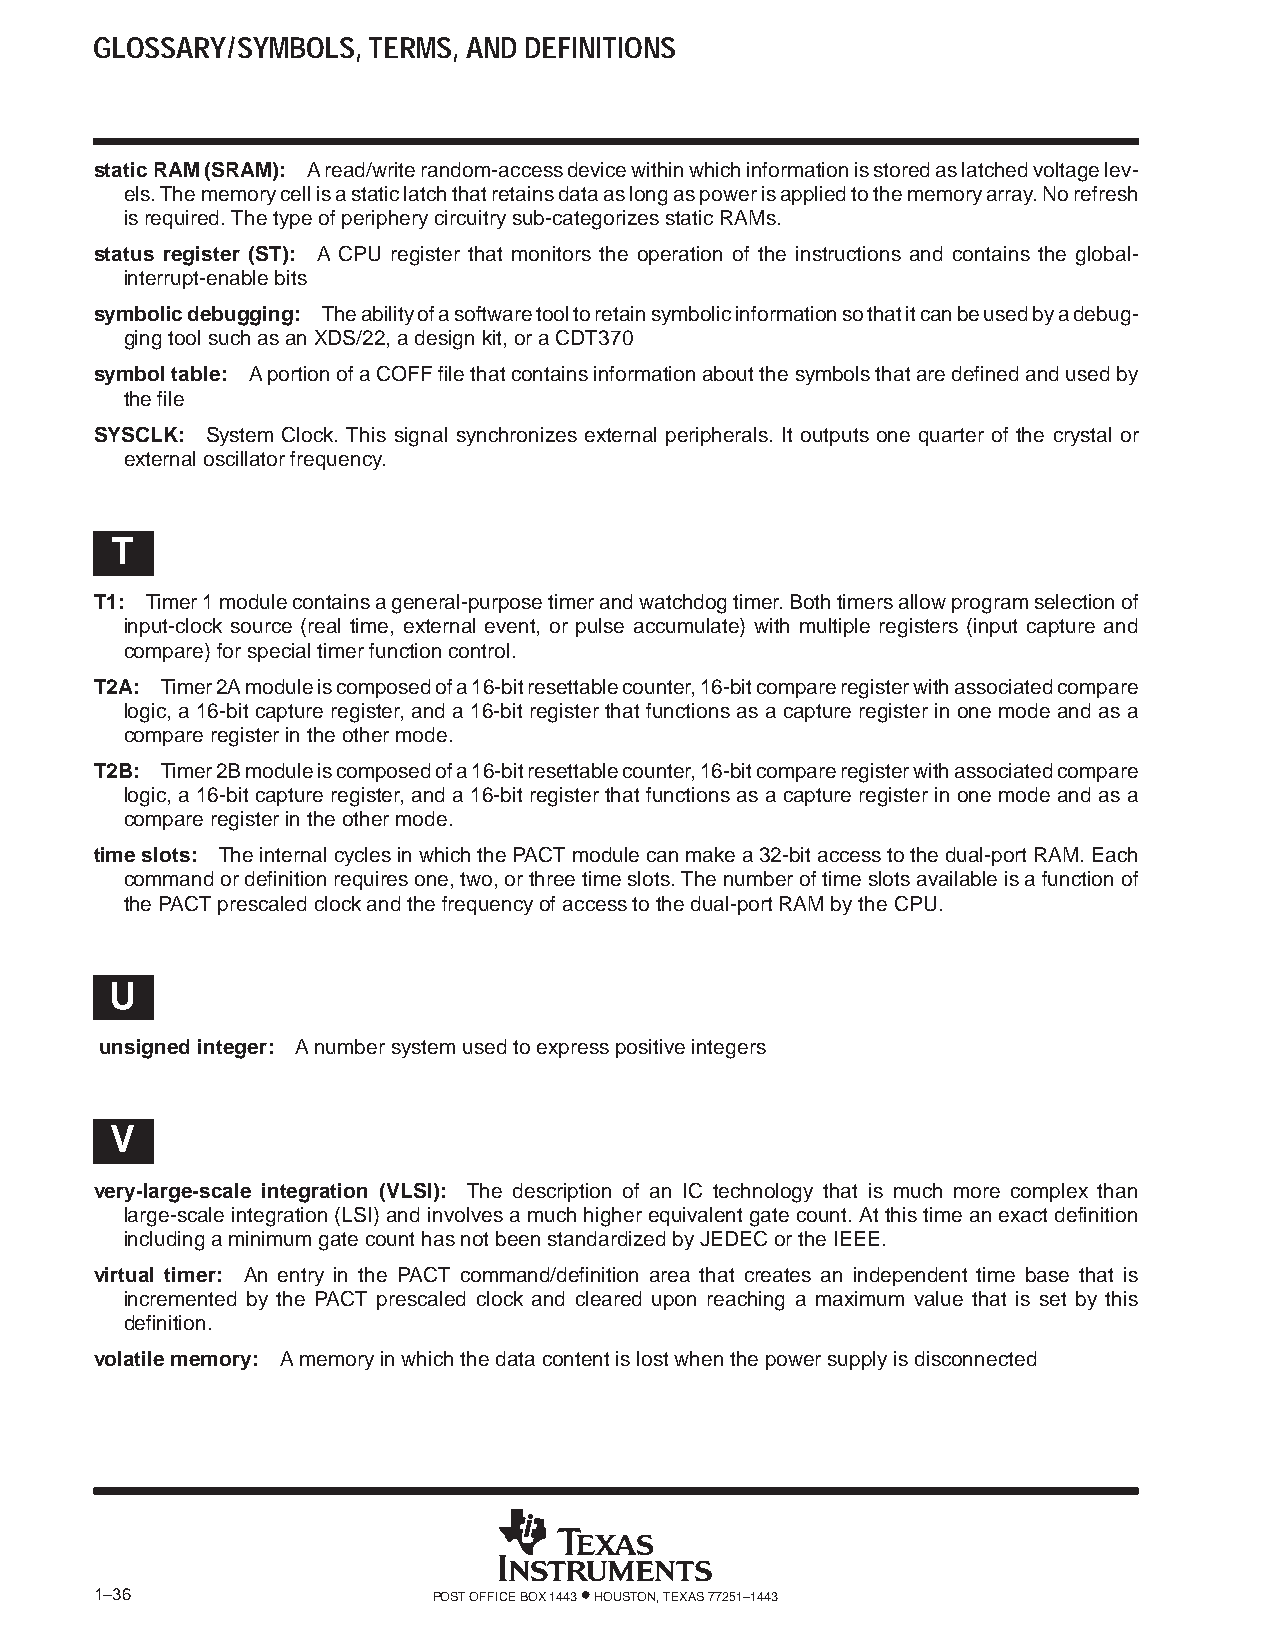
GLOSSARY/SYMBOLS, TERMS, AND DEFINITIONS
 static RAM (SRAM): A read/write random-access device within which information is stored as latched voltage lev-
 els. The memory cell is a static latch that retains data as long as power is applied to the memory array. No refresh
 is required. The type of periphery circuitry sub-categorizes static RAMs.
 status register (ST): A CPU register that monitors the operation of the instructions and contains the global-
 interrupt-enable bits
 symbolic debugging: The ability of a software tool to retain symbolic information so that it can be used by a debug-
 ging tool such as an XDS/22, a design kit, or a CDT370
 symbol table: A portion of a COFF file that contains information about the symbols that are defined and used by
 the file
 SYSCLK: System Clock. This signal synchronizes external peripherals. It outputs one quarter of the crystal or
 external oscillator frequency.
 T
 T1: Timer 1 module contains a general-purpose timer and watchdog timer. Both timers allow program selection of
 input-clock source (real time, external event, or pulse accumulate) with multiple registers (input capture and
 compare) for special timer function control.
 T2A: Timer 2A module is composed of a 16-bit resettable counter, 16-bit compare register with associated compare
 logic, a 16-bit capture register, and a 16-bit register that functions as a capture register in one mode and as a
 compare register in the other mode.
 T2B: Timer 2B module is composed of a 16-bit resettable counter, 16-bit compare register with associated compare
 logic, a 16-bit capture register, and a 16-bit register that functions as a capture register in one mode and as a
 compare register in the other mode.
 time slots: The internal cycles in which the PACT module can make a 32-bit access to the dual-port RAM. Each
 command or definition requires one, two, or three time slots. The number of time slots available is a function of
 the PACT prescaled clock and the frequency of access to the dual-port RAM by the CPU.
 U
 unsigned integer: A number system used to express positive integers
 V
 very-large-scale integration (VLSI): The description of an IC technology that is much more complex than
 large-scale integration (LSI) and involves a much higher equivalent gate count. At this time an exact definition
 including a minimum gate count has not been standardized by JEDEC or the IEEE.
 virtual timer: An entry in the PACT command/definition area that creates an independent time base that is
 incremented by the PACT prescaled clock and cleared upon reaching a maximum value that is set by this
 definition.
 volatile memory: A memory in which the data content is lost when the power supply is disconnected
 1–36                   POST OFFICE BOX 1443 • HOUSTON, TEXAS 77251–1443